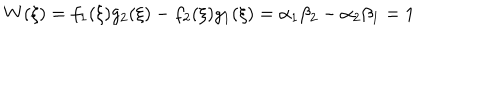
W ( \xi ) = f _ { 1 } ( \xi ) g _ { 2 } ( \xi ) - f _ { 2 } ( \xi ) g _ { 1 } ( \xi ) = \alpha _ { 1 } \beta _ { 2 } - \alpha _ { 2 } \beta _ { 1 } = 1